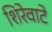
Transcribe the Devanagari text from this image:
शिरेवाटे